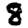
Digit: 8